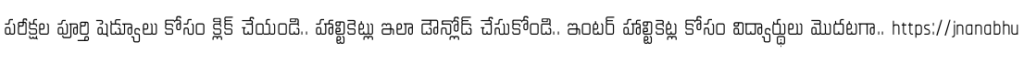
పరీక్షల పూర్తి షెడ్యూలు కోసం క్లిక్ చేయండి.. హాల్టికెట్లు ఇలా డౌన్లోడ్ చేసుకోండి.. ఇంటర్ హాల్టికెట్ల కోసం విద్యార్థులు మొదటగా.. https://jnanabhu